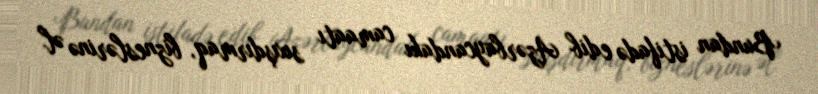
Bundan istifadə edib Azərbaycandakı camaatı sıxışdırmaq, bizneslərinə əl